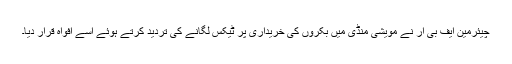
چیئرمین ایف بی آر نے مویشی منڈی میں بکروں کی خریداری پر ٹیکس لگانے کی تردید کرتے ہوئے اسے افواہ قرار دیا۔